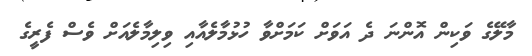
މާލޭގެ ވަކިން އޮންނަ ދެ އަވަށް ކަމަށްވާ ހުޅުމާލެއާއި ވިލިމާލެއަށް ވެސް ފެރީގެ